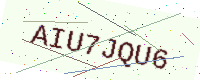
Text: AIU7JQU6